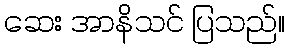
ဆေး အာနိသင် ပြသည်။